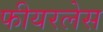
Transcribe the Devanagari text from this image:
फीयरलेस